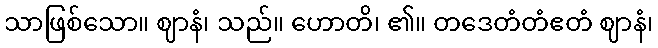
သာဖြစ်သော။ ဈာနံ၊ သည်။ ဟောတိ၊ ၏။ တဒေတံတံဧတံ ဈာနံ၊